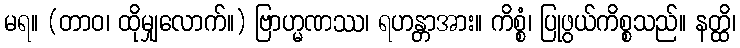
မရ။ (တာဝ၊ ထိုမျှလောက်။) ဗြာဟ္မဏဿ၊ ရဟန္တာအား။ ကိစ္စံ၊ ပြုဖွယ်ကိစ္စသည်။ နတ္ထိ၊